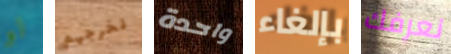
لو نخرجهم واحدة بإلغاء نعرفك